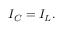
I _ { C } = I _ { L } .